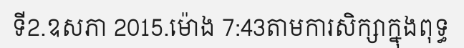
ទី2.ឧសភា 2015.ម៉ោង 7:43តាមការសិក្សាក្នុងពុទ្ធ